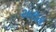
અથમ